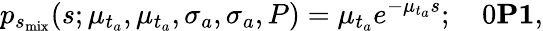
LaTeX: p_{s_{\mathrm{mix}}}(s;\mu_{t_{a}},\mu_{t_{a}},\sigma_{a},\sigma_{a},P)=\mu_{t_{a}}e^{-\mu_{t_{a}}s};\quad 0\le P\le 1,